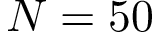
N = 5 0